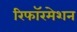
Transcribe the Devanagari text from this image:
रिफॉरमेशन